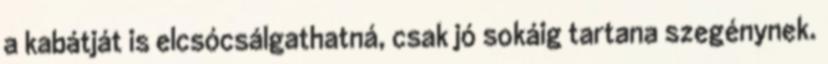
a kabátját is elcsócsálgathatná, csak jó sokáig tartana szegénynek.